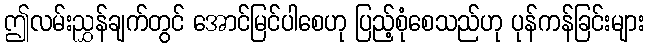
ဤလမ်းညွှန်ချက်တွင် အောင်မြင်ပါစေဟု ပြည့်စုံစေသည်ဟု ပုန်ကန်ခြင်းများ